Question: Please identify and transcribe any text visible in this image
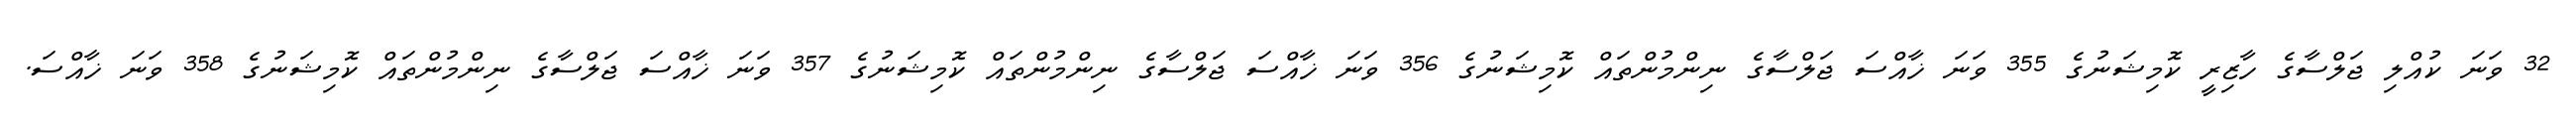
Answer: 32 ވަނަ ކުއްލި ޖަލްސާގެ ހާޒިރީ ކޮމިޝަނުގެ 355 ވަނަ ޚާއްސަ ޖަލްސާގެ ނިންމުންތައް ކޮމިޝަނުގެ 356 ވަނަ ޚާއްސަ ޖަލްސާގެ ނިންމުންތައް ކޮމިޝަނުގެ 357 ވަނަ ޚާއްސަ ޖަލްސާގެ ނިންމުންތައް ކޮމިޝަނުގެ 358 ވަނަ ޚާއްސަ.